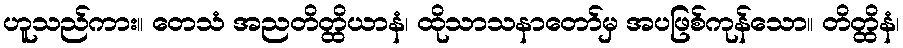
ဟူသည်ကား။ တေသံ အညတိတ္ထိယာနံ၊ ထိုသာသနာတော်မှ အပဖြစ်ကုန်သော။ တိတ္ထိနံ၊